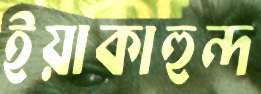
ইয়াকাহুন্দ